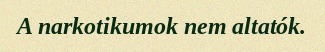
A narkotikumok nem altatók.